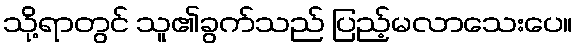
သို့ရာတွင် သူ၏ခွက်သည် ပြည့်မလာသေးပေ။